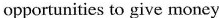
opportunities to give money